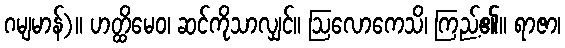
ဂမျမာန်)။ ဟတ္ထိမေဝ၊ ဆင်ကိုသာလျှင်။ ဩလောကေသိ၊ ကြည့်၏။ ရာဇာ၊